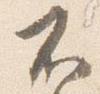
不